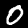
Label: 0